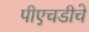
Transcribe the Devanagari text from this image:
पीएचडीचे